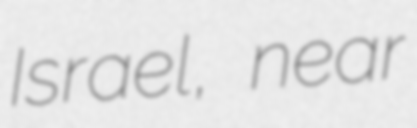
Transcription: Israel, near